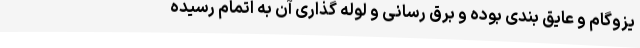
یزوگام و عایق بندی بوده و برق رسانی و لوله گذاری آن به اتمام رسیده